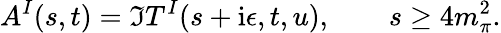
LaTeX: A^{I}(s,t)=\Im T^{I}(s+\mathrm{i}\epsilon,t,u),\qquad s\geq 4m_{\pi}^{2}.